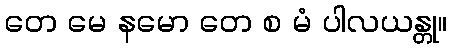
တေ မေ နမော တေ စ မံ ပါလယန္တု။